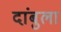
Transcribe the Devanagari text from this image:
दांबुला